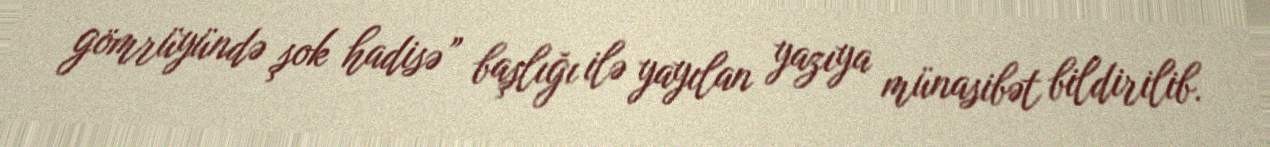
gömrüyündə şok hadisə” başlığı ilə yayılan yazıya münasibət bildirilib.